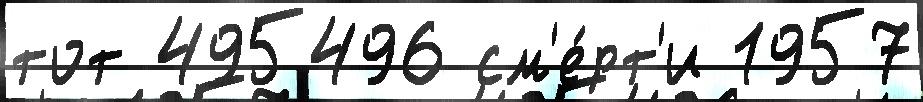
тот 495496 см'е́рт'и 1957